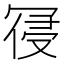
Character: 𭁾